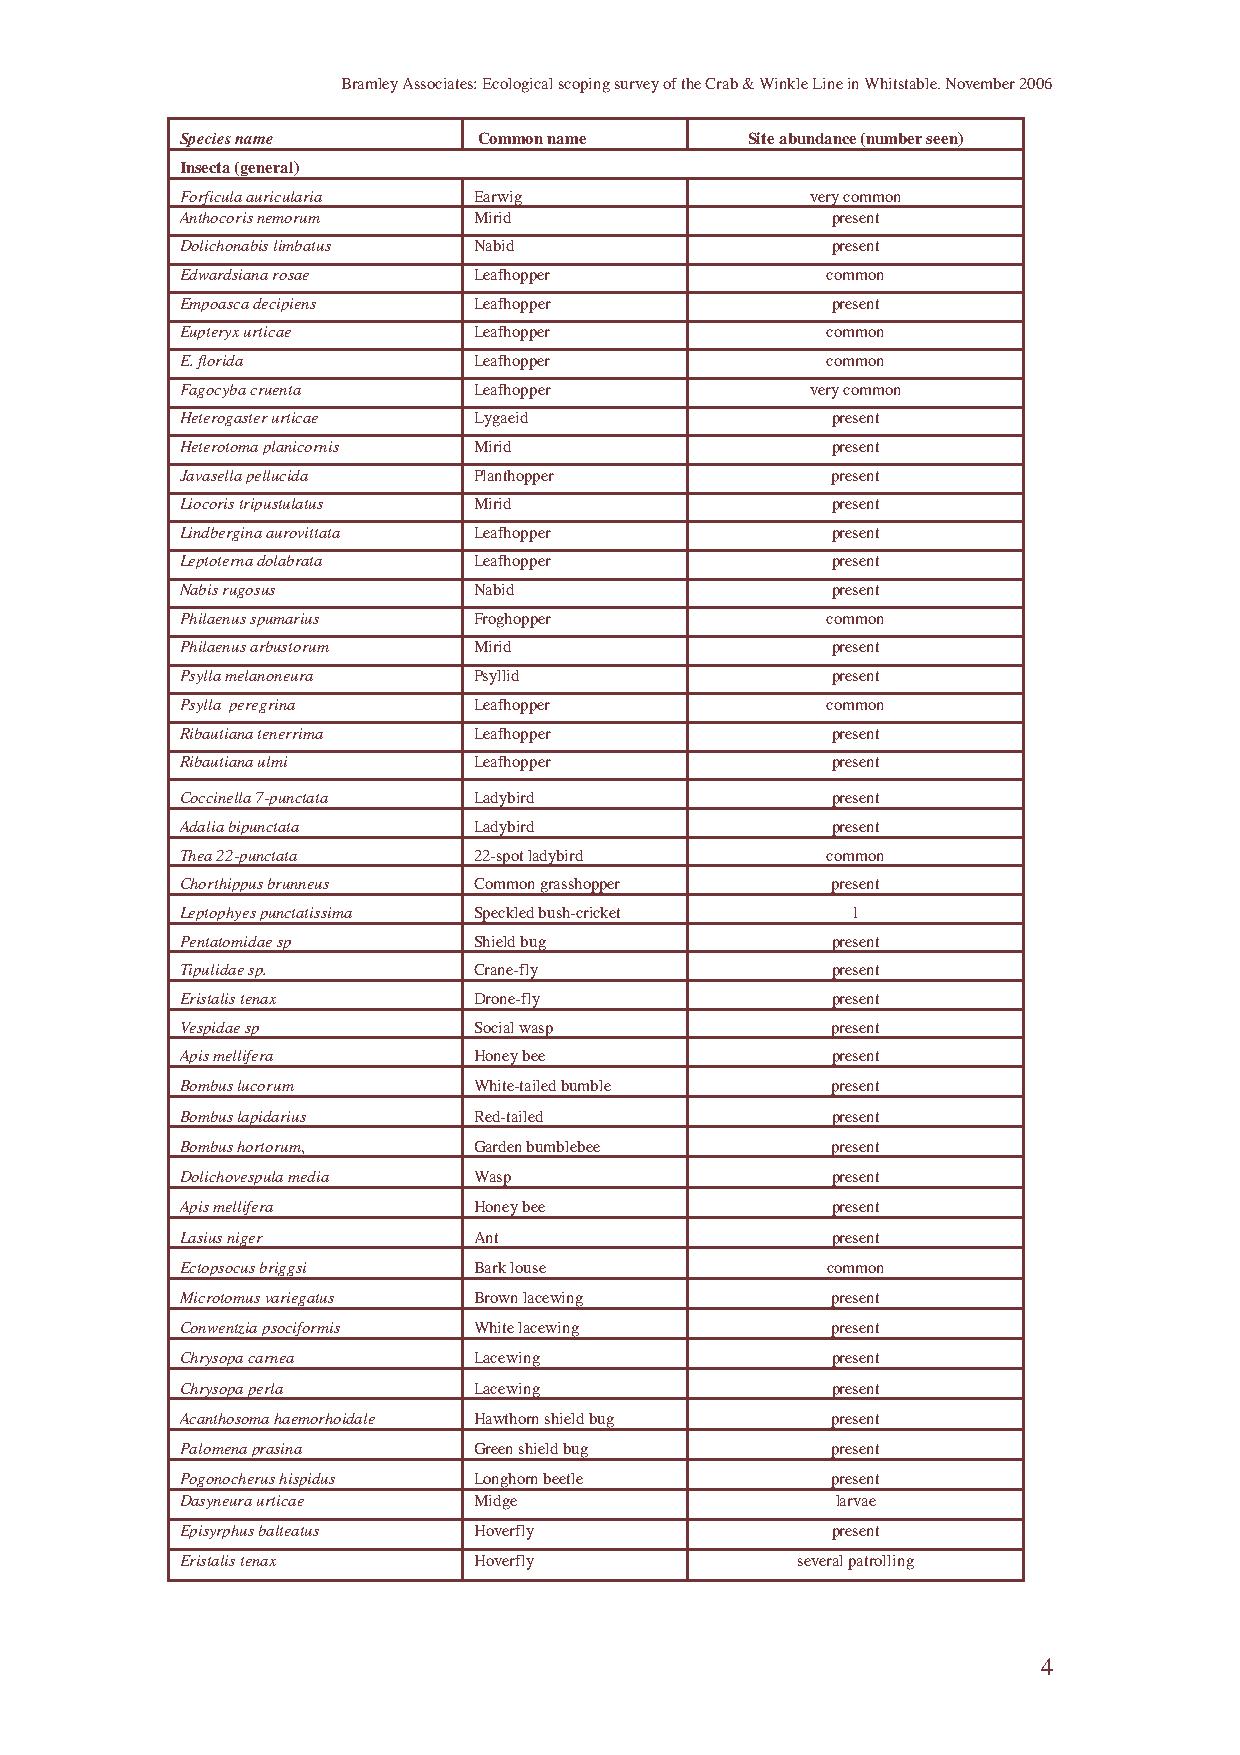
Bramley Associates: Ecological scoping survey of the Crab & Winkle Line in Whitstable. November 2006
 Species name        Common name       Site abundance (number seen)
 Insecta (general)
 Forficula auricularia Earwig              very common
 Anthocoris nemorum Mirid                   present
 Dolichonabis limbatus Nabid                present
 Edwardsiana rosae  Leafhopper              common
 Empoasca decipiens Leafhopper              present
 Eupteryx urticae   Leafhopper              common
 E. florida         Leafhopper              common
 Fagocyba cruenta   Leafhopper             very common
 Heterogaster urticae Lygaeid               present
 Heterotoma planicornis Mirid               present
 Javasella pellucida Planthopper            present
 Liocoris tripustulatus Mirid               present
 Lindbergina aurovittata Leafhopper         present
 Leptoterna dolabrata Leafhopper            present
 Nabis rugosus      Nabid                   present
 Philaenus spumarius Froghopper             common
 Philaenus arbustorum Mirid                 present
 Psylla melanoneura Psyllid                 present
 Psylla peregrina   Leafhopper              common
 Ribautiana tenerrima Leafhopper            present
 Ribautiana ulmi    Leafhopper              present
 Coccinella 7-punctata Ladybird             present
 Adalia bipunctata  Ladybird                present
 Thea 22-punctata   22-spot ladybird        common
 Chorthippus brunneus Common grasshopper    present
 Leptophyes punctatissima Speckled bush-cricket 1
 Pentatomidae sp    Shield bug              present
 Tipulidae sp.      Crane-fly               present
 Eristalis tenax    Drone-fly               present
 Vespidae sp        Social wasp             present
 Apis mellifera     Honey bee               present
 Bombus lucorum     White-tailed bumble     present
 Bombus lapidarius  Red-tailed              present
 Bombus hortorum,   Garden bumblebee        present
 Dolichovespula media Wasp                  present
 Apis mellifera     Honey bee               present
 Lasius niger       Ant                     present
 Ectopsocus briggsi Bark louse              common
 Microtomus variegatus Brown lacewing       present
 Conwentzia psociformis White lacewing      present
 Chrysopa carnea    Lacewing                present
 Chrysopa perla     Lacewing                present
 Acanthosoma haemorhoidale Hawthorn shield bug present
 Palomena prasina   Green shield bug        present
 Pogonocherus hispidus Longhorn beetle      present
 Dasyneura urticae  Midge                   larvae
 Episyrphus balteatus Hoverfly              present
 Eristalis tenax    Hoverfly              several patrolling
 4